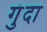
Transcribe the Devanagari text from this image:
गुंदा